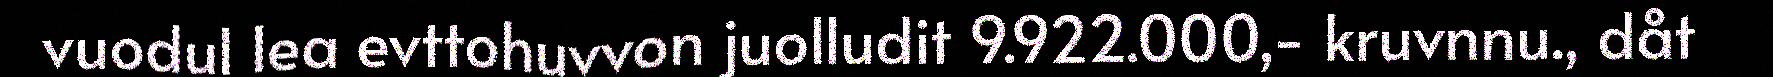
vuodul lea evttohuvvon juolludit 9.922.000,- kruvnnu., dåt